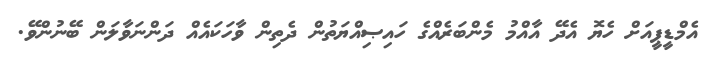
އެމްޑީޕީއަށް ހެޔޮ އެދޭ އާއްމު މެންބަރެއްގެ ހައިޞިއްޔަތުން ދެތިން ވާހަކައެއް ދަންނަވާލަން ބޭނުންވޭ.